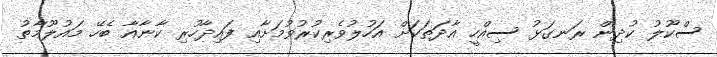
ސްކޫލު ކުދިން ރަނގަޅު ސިއްހީ އާދަތަކަށް އަހުލުވެރިކުރުވުމަށާއި ފައިދާހުރި ކާނާއާ ބެހޭ މައުލޫމާތު